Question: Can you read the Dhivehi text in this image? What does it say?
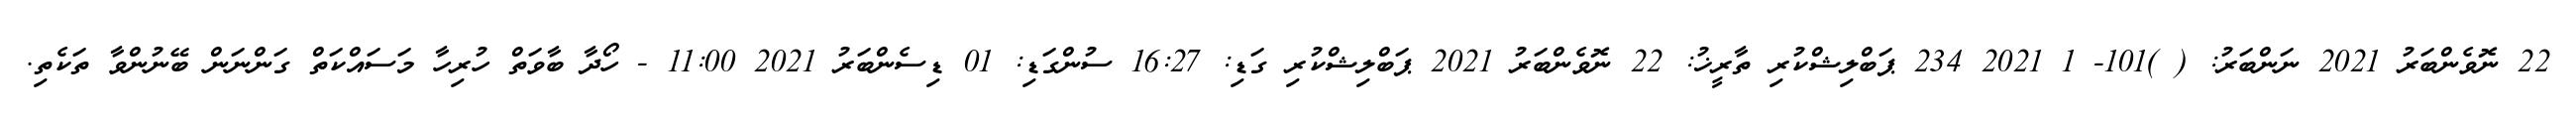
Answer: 22 ނޮވެންބަރު 2021 ނަންބަރު: ( )101- 1 2021 234 ޕަބްލިޝްކުރި ތާރީޚު: 22 ނޮވެންބަރު 2021 ޕަބްލިޝްކުރި ގަޑި: 16:27 ސުންގަޑި: 01 ޑިސެންބަރު 2021 11:00 - ހޯދާ ބާވަތް ހުރިހާ މަސައްކަތް ގަންނަން ބޭނުންވާ ތަކެތި.